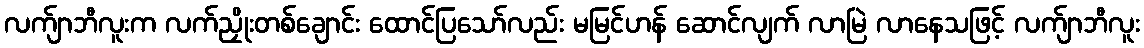
လက်ျာဘီလူးက လက်ညှိုးတစ်ချောင်း ထောင်ပြသော်လည်း မမြင်ဟန် ဆောင်လျက် လာမြဲ လာနေသဖြင့် လက်ျာဘီလူး